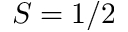
S = 1 / 2